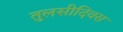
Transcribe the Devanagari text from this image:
तुलसीदिवस